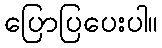
ပြောပြပေးပါ။